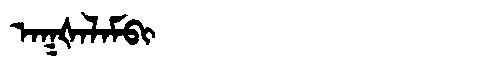
Manchu: ᠠᡴᡧᠠᠯᠠᠮᠪᡳ
Romanization: AKŠALAMBI